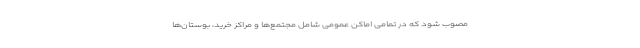
مصوب شود که در تمامی اماکن عمومی شامل مجتمع‌ها و مراکز خرید، بوستان‌ها